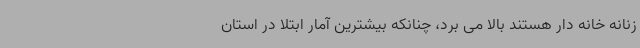
زنانه خانه دار هستند بالا می برد، چنانکه بیشترین آمار ابتلا در استان